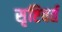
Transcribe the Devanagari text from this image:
सृष्टिवर्त